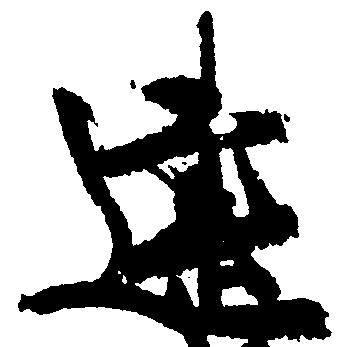
建